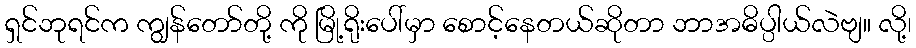
ရှင်ဘုရင်က ကျွန်တော်တို့ ကို မြို့ရိုးပေါ်မှာ စောင့်နေတယ်ဆိုတာ ဘာအဓိပ္ပါယ်လဲဗျ။ လို့၊